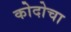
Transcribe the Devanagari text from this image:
कोदोचा